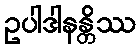
ဥပါဒါနန္တိဿ